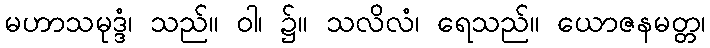
မဟာသမုဒ္ဒံ၊ သည်။ ဝါ၊ ၌။ သလိလံ၊ ရေသည်။ ယောဇနမတ္တ၊